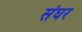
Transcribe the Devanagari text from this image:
संघर